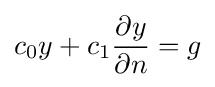
c_{0}y+c_{1}{\partial y \over \partial n}=g